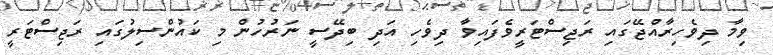
ވިމާ ދިވެހިރާއްޖޭގައި ރަޖިސްޓަރީވެފައިވާ ދިވެހި އަދި ބިދޭސީ ނަރުހުން މި ކައުންސިލުގައި ރަޖިސްޓަރީ